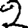
Digit: 2